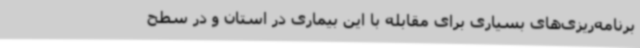
برنامه‌ریزی‌های بسیاری برای مقابله با این بیماری در استان و در سطح